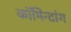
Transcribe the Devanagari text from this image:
कॉमिन्टांग